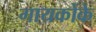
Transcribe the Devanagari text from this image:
गायकोंके